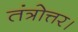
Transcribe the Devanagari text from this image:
तंत्रोत्तर।